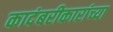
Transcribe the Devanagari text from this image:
कादंबरीकारांच्या